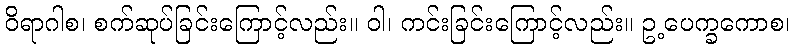
ဝိရာဂါစ၊ စက်ဆုပ်ခြင်းကြောင့်လည်း။ ဝါ၊ ကင်းခြင်းကြောင့်လည်း။ ဥ့ပေက္ခကောစ၊